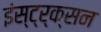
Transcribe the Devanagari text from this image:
इंस्ट्र्क्सन